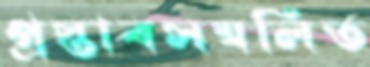
প্রস্তাবসম্বলিত